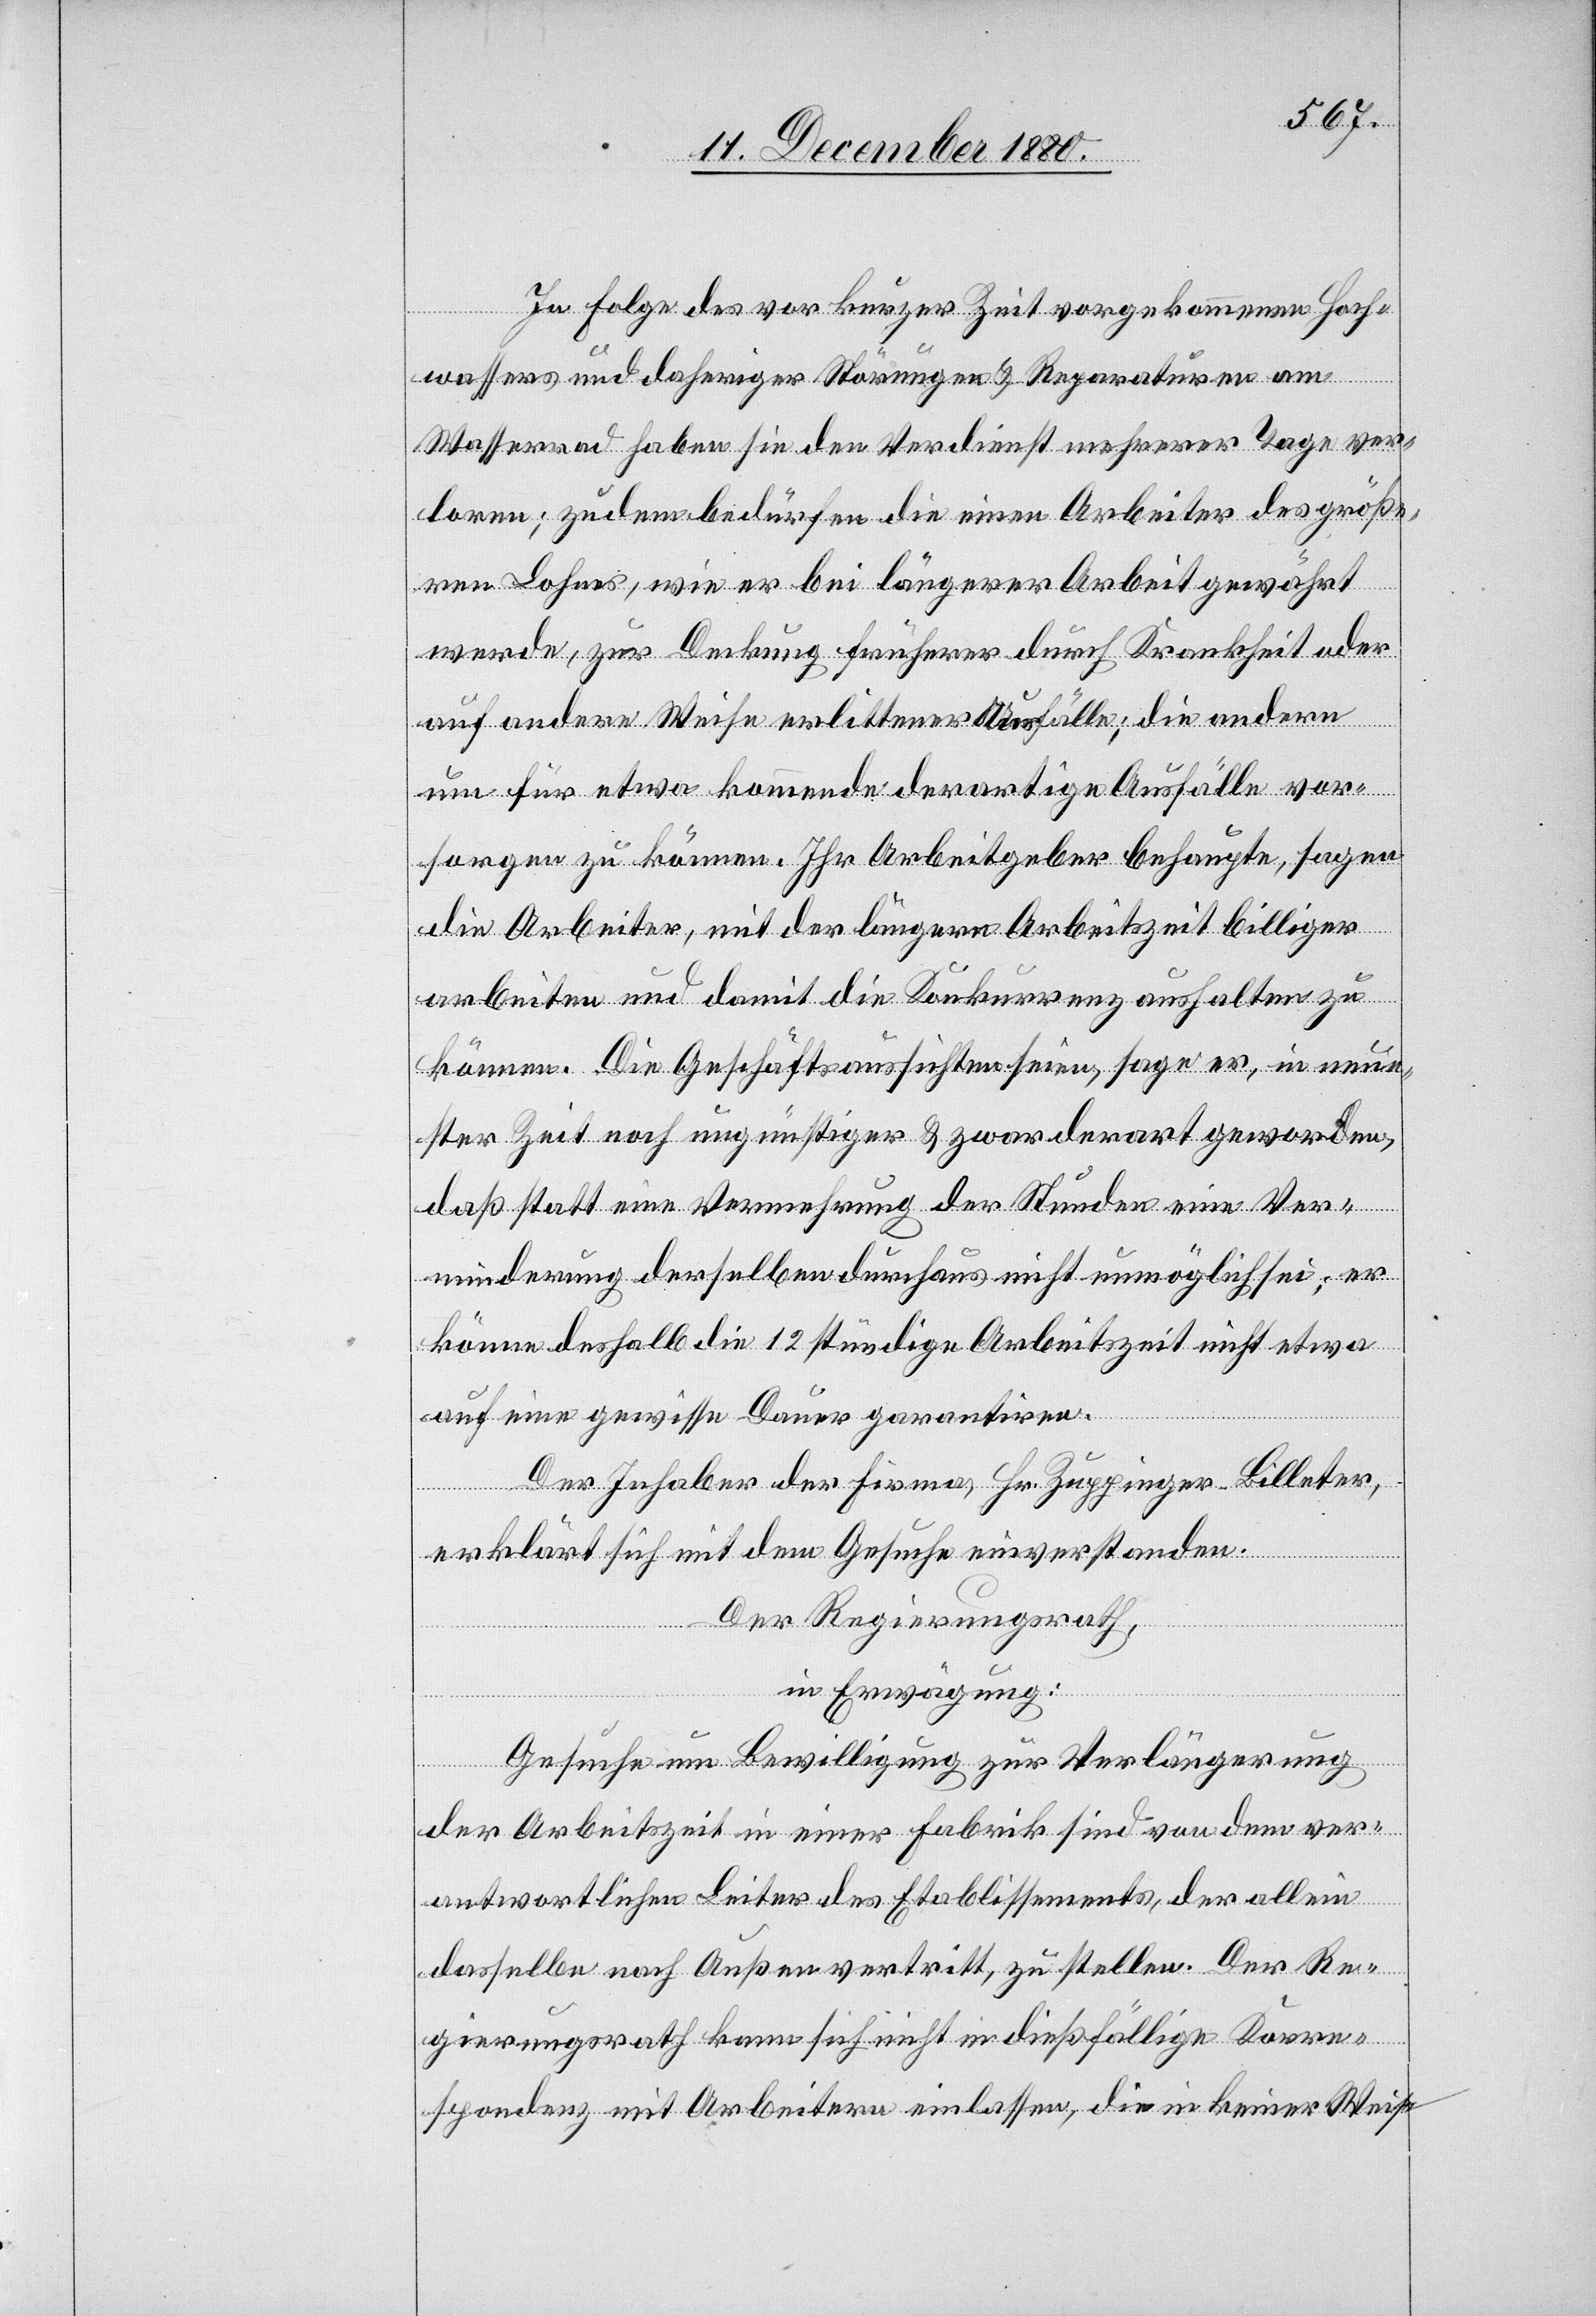
In Folge des vor kurzer Zeit vorgekommenen Hoch¬
wassers und daheriger Störungen & Reparaturen am
Wasserrad haben sie den Verdienst mehrerer Tage ver¬
loren; zudem bedürfen die einen Arbeiter des größe¬
ren Lohnes, wie er bei längerer Arbeit gewährt
werde, zur Deckung früherer durch Krankheit oder
andere Weise erlittener Ausfälle; die anderen
um für etwa kommende derartige Ausfälle vor¬
sorgen zu können. Ihr Arbeitgeber behaupte, sagen
die Arbeiter, mit der längern Arbeitszeit billiger
arbeiten und damit die Konkurrenz aushalten zu
können. Die Geschäftsaussichten seien, sage er, in neue¬
ster Zeit noch ungünstiger & zwar derart geworden,
daß statt eine Vermehrung der Stunden eine Ver¬
minderung derselben durchaus nicht unmöglich sei; er
könne deshalb die 12stündige Arbeitszeit nicht etwa
auf eine gewisse Dauer garantiren.
Der Inhaber der Firma, Hr. Zuppinger-Billeter,
erklärt sich mit dem Gesuche einverstanden.
Der Regierungsrath,
in Erwägung:
Gesuche um Bewilligung zur Verlängerung
der Arbeitszeit in einer Fabrik sind von dem ver¬
antwortlichen Leiter des Etablissements, der allein
dasselbe nach Außen vertritt, zu stellen. Der Re¬
gierungsrath kann sich nicht in dießfällige Korre¬
spondenz mit Arbeitern einlassen, die in keinerlei Weise